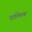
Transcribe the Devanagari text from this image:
पालित्तक